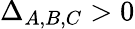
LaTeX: \Delta_{A,B,C}>0